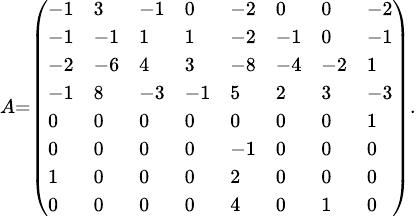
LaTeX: \scriptstyle A={\left(\begin{array}{llllllll}{-1}&{3}&{-1}&{0}&{-2}&{0}&{0}&{-2}\\ {-1}&{-1}&{1}&{1}&{-2}&{-1}&{0}&{-1}\\ {-2}&{-6}&{4}&{3}&{-8}&{-4}&{-2}&{1}\\ {-1}&{8}&{-3}&{-1}&{5}&{2}&{3}&{-3}\\ {0}&{0}&{0}&{0}&{0}&{0}&{0}&{1}\\ {0}&{0}&{0}&{0}&{-1}&{0}&{0}&{0}\\ {1}&{0}&{0}&{0}&{2}&{0}&{0}&{0}\\ {0}&{0}&{0}&{0}&{4}&{0}&{1}&{0}\end{array}\right)}.